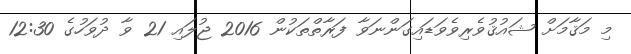
މި މަޤާމަށް ޝައުޤުވެރިވެވަޑައިގަންނަވާ ފަރާތްތަކުން 2016 ޖުލައި 21 ވާ ދުވަހުގެ 12:30